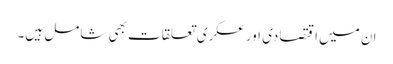
ان میں اقتصادی اور عسکری تعلقات بھی شامل ہیں۔